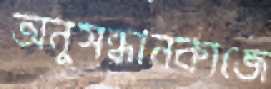
অনুসন্ধানকাজে